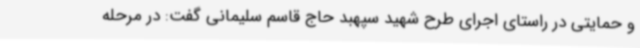
و حمایتی در راستای اجرای طرح شهید سپهبد حاج قاسم سلیمانی گفت: در مرحله